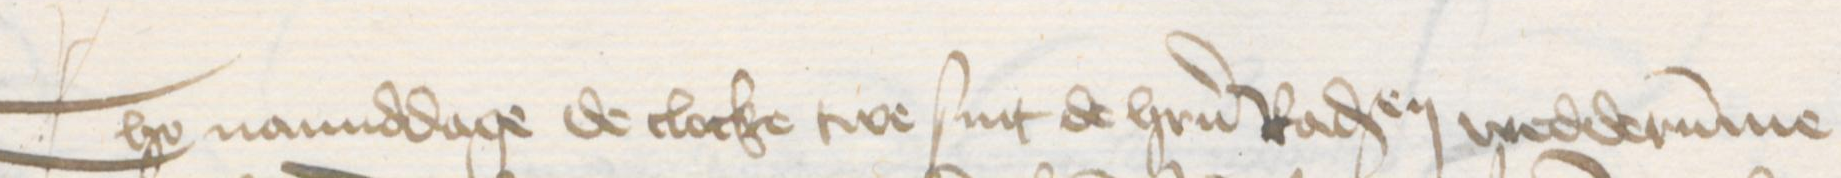
Transcription: Tho namiddage de clocke twe sint de herrn Radsendeboden wedderumme